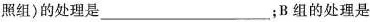
照组)的处理是___；B组的处理是